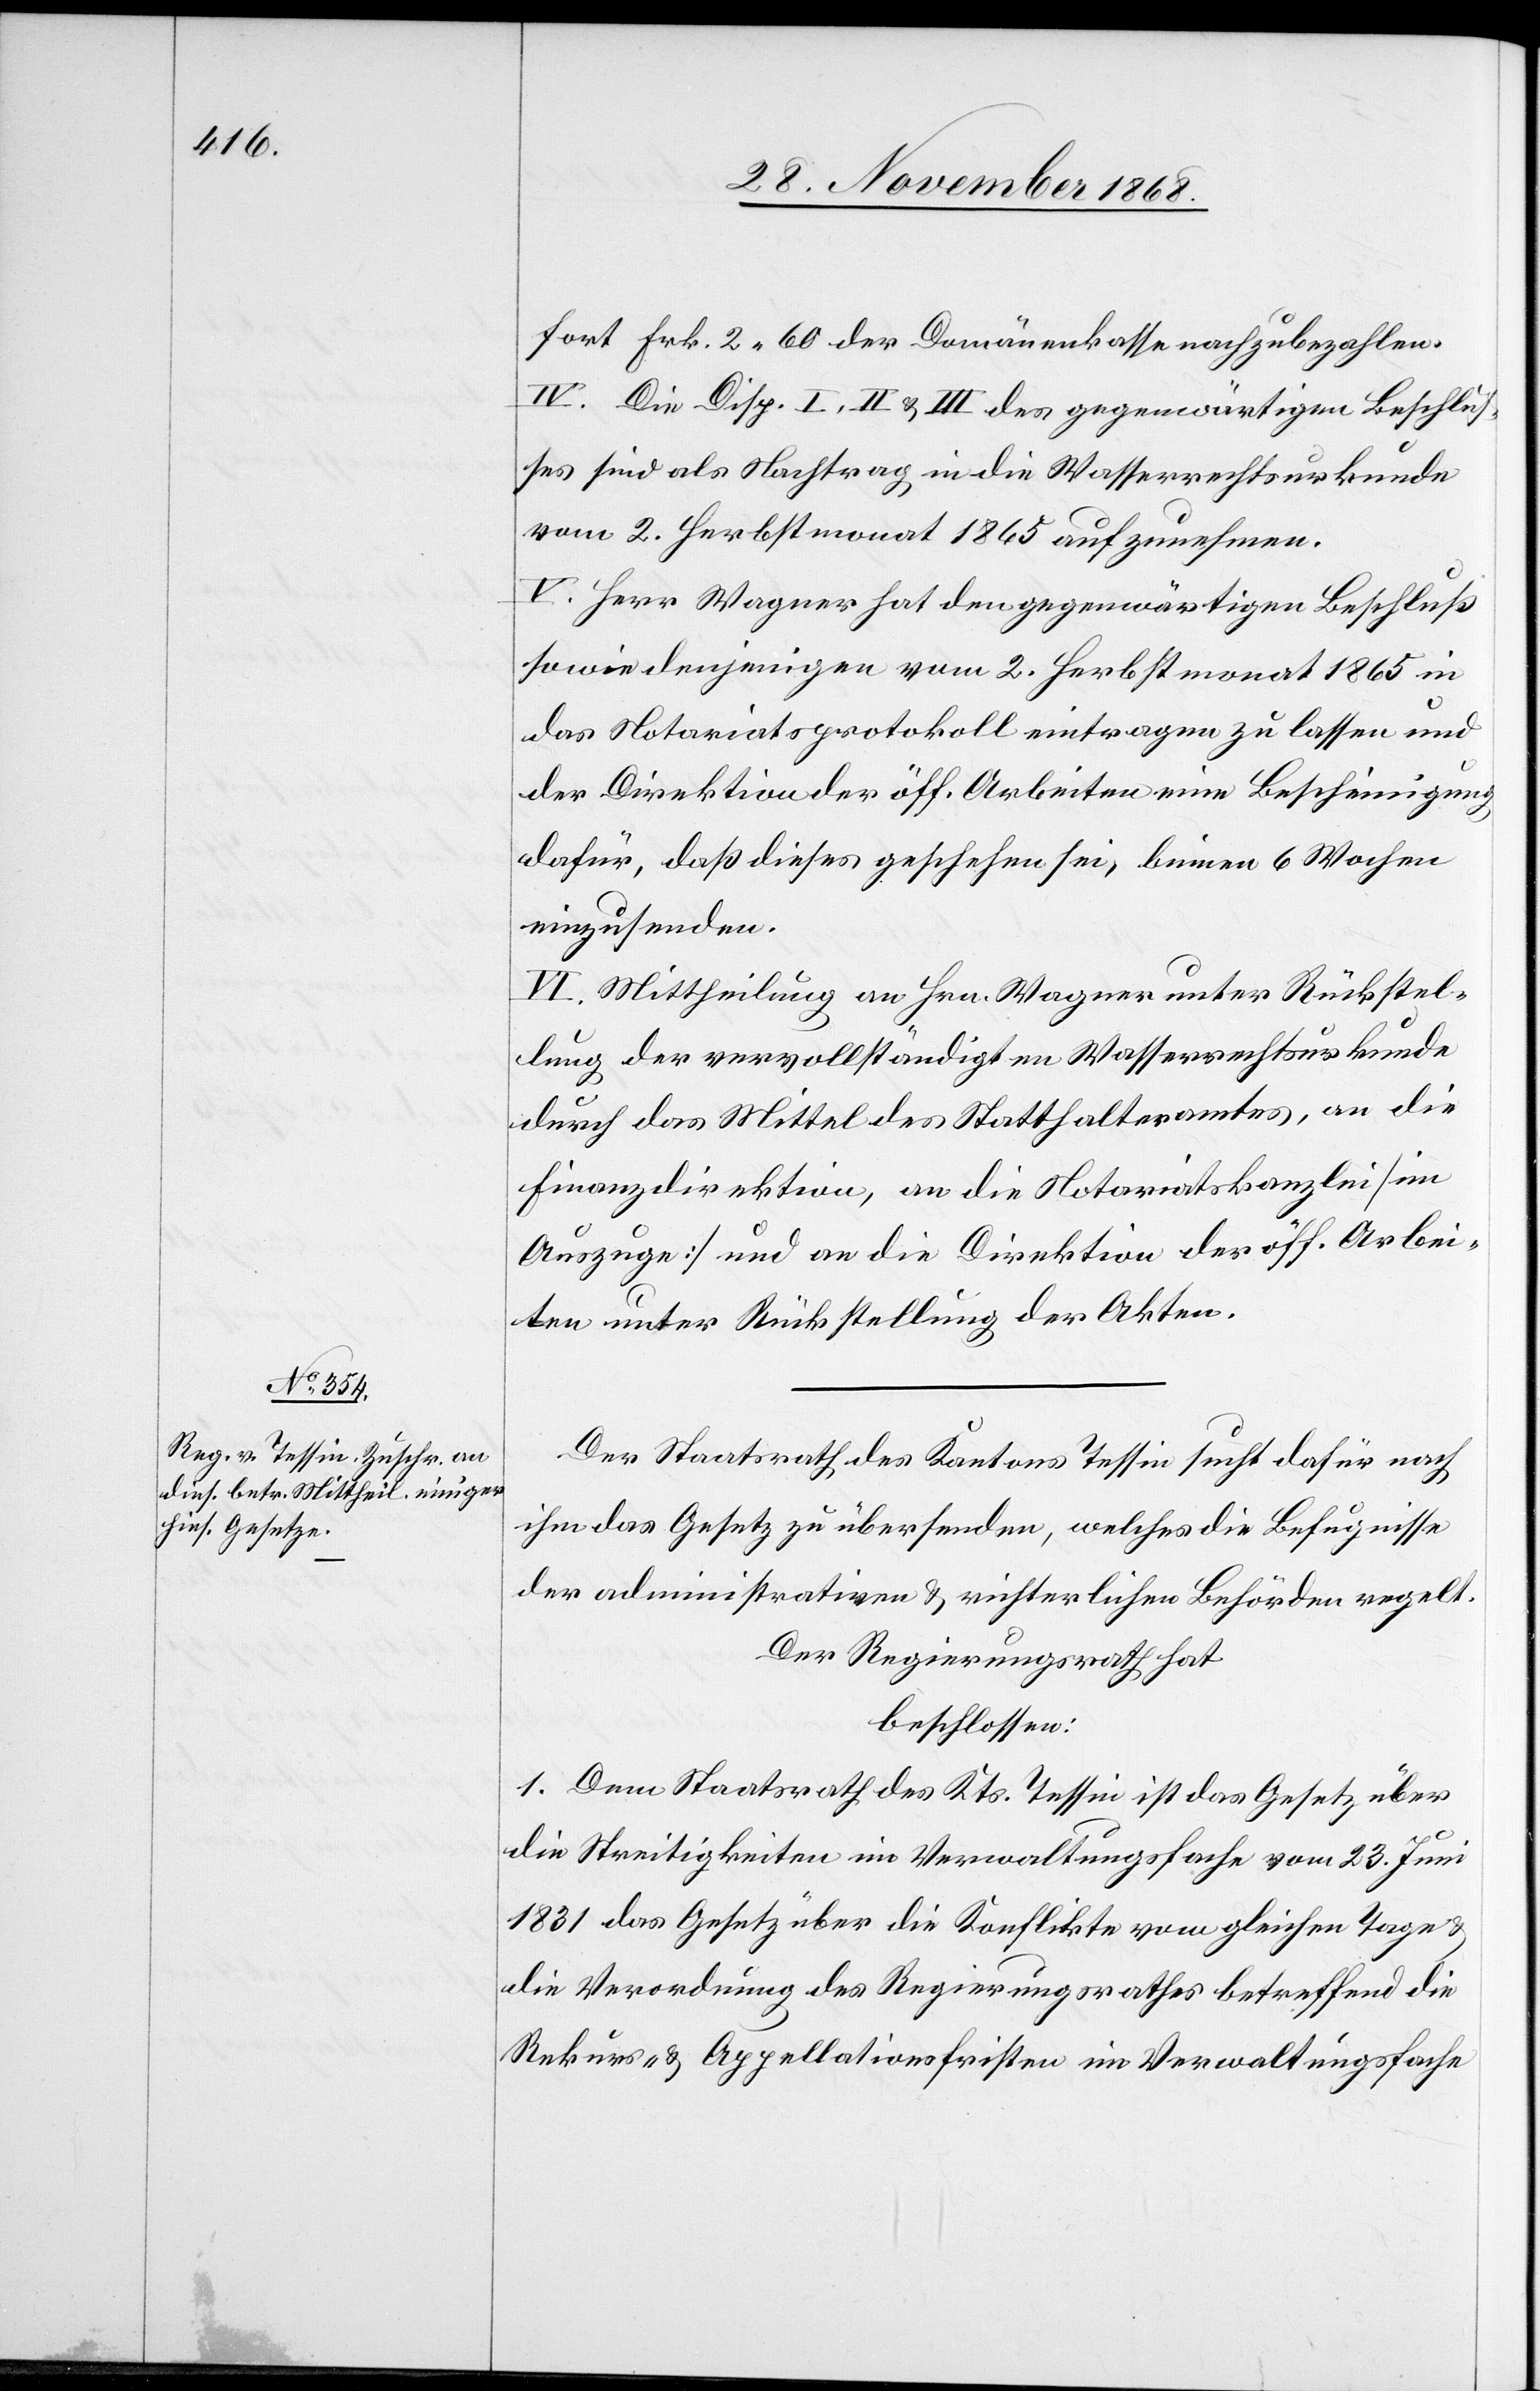
fort Frk. 2.60 der Domänenkasse nachzubezahlen.
IV. Die Disp. I, II & III des gegenwärtigen Beschlus¬
ses sind als Nachtrag in die Wasserrechtsurkunde
vom 2. Herbstmonat 1865 aufzunehmen.
V. Herr Wagner hat den gegenwärtigen Beschluß
sowie denjenigen vom 2. Herbstmonat 1865 in
das Notariatsprotokoll eintragen zu lassen und
der Direktion der öff. Arbeiten eine Bescheinigung
dafür, daß dieses geschehen sei, binnen 6 Wochen
einzusenden.
VI. Mittheilung an Hrn. Wagner unter Rückstel¬
lung der vervollständigten Wasserrechtsurkunde
durch das Mittel des Statthalteramtes, an die
Finanzdirektion, an die Notariatskanzlei [im
Auszuge] und an die Direktion der öff. Arbei¬
ten unter Rückstellung der Akten.
Der Staatsrath des Kantons Tessin sucht dafür nach
ihm das Gesetz zu übersenden, welches die Befugnisse
der administrativen & richterlichen Behörden regelt.
Der Regierungsrath hat
beschlossen:
1. Dem Staatsrath des Kts. Tessin ist das Gesetz über
die Streitigkeiten im Verwaltungsfache vom 23. Juni
1831[,] das Gesetz über die Konflikte vom gleichen Tage
die Verordnung des Regierungsrathes betreffend die
Rekurs- & Appellationsfristen im Verwaltungsfache